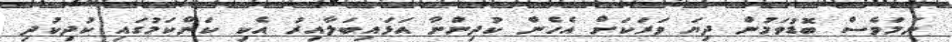
ނަމަވެސް ބޮޑުވަމުން ދިޔަ ވަރަކަށް އެހެން ކުދިންނާ އަޅައިބަލާއިރު އެކި ކަންކަމުގައި ކުދިކުދި